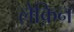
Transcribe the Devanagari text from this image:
लेक़िन